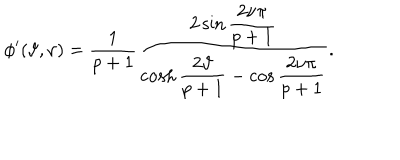
\phi ^ { \prime } ( \vartheta , \nu ) = \displaystyle \frac { 1 } { p + 1 } \displaystyle \frac { 2 \sin \displaystyle \frac { 2 \nu \pi } { p + 1 } } { \cosh \displaystyle \frac { 2 \vartheta } { p + 1 } - \cos \displaystyle \frac { 2 \nu \pi } { p + 1 } } .